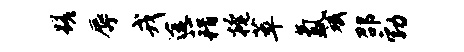
蹉辱戎途藉掩萃氲斌邵勃